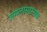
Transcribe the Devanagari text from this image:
जंगलासारख्या